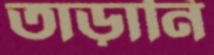
তাড়ানি